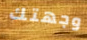
وجهتك